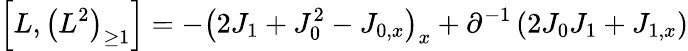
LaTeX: \left[L,\left(L^{2}\right)_{\geq 1}\right]=-\left(2J_{1}+J_{0}^{2}-J_{0,x}\right)_{x}+\partial^{-1}\left(2J_{0}J_{1}+J_{1,x}\right)